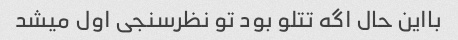
بااین حال اگه تتلو بود تو نظرسنجی اول میشد